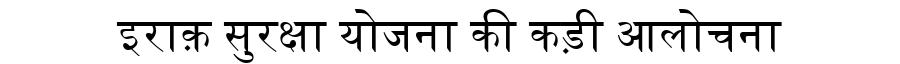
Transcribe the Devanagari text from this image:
इराक़ सुरक्षा योजना की कड़ी आलोचना